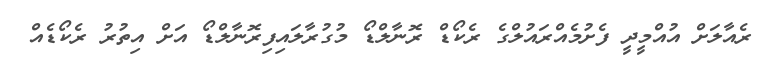
ރެއާލަށް އުއްމީދީ ފެށުމެއްރައުލްގެ ރެކޯޑް ރޮނާލްޑޯ މުގުރާލައިފިރޮނާލްޑޯ އަށް އިތުރު ރެކޯޑެއް